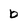
Character: b